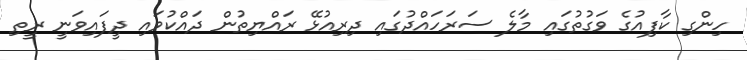
ހިންގި ކާފިއުގެ ވަގުތުގައި މާލެ ސަރަހައްދުގައި ދިރިއުޅޭ ރައްޔިތުން ދައްކުވައި ދީފައިވަނީ ރީތި